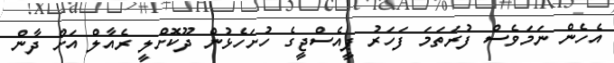
އެހެން ނަމަވެސް ފުރަތަމަ ފަހަރު ޕީއެސްޖީގެ ހުށަހެޅުން ދޫކޮށްލީ ރެއާލް އަށް ދާން